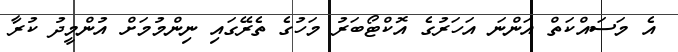
އެ މަސައްކަތް އަންނަ އަހަރުގެ އޮކްޓޯބަރު މަހުގެ ތެރޭގައި ނިންމުމަށް އުންމީދު ކުރާ